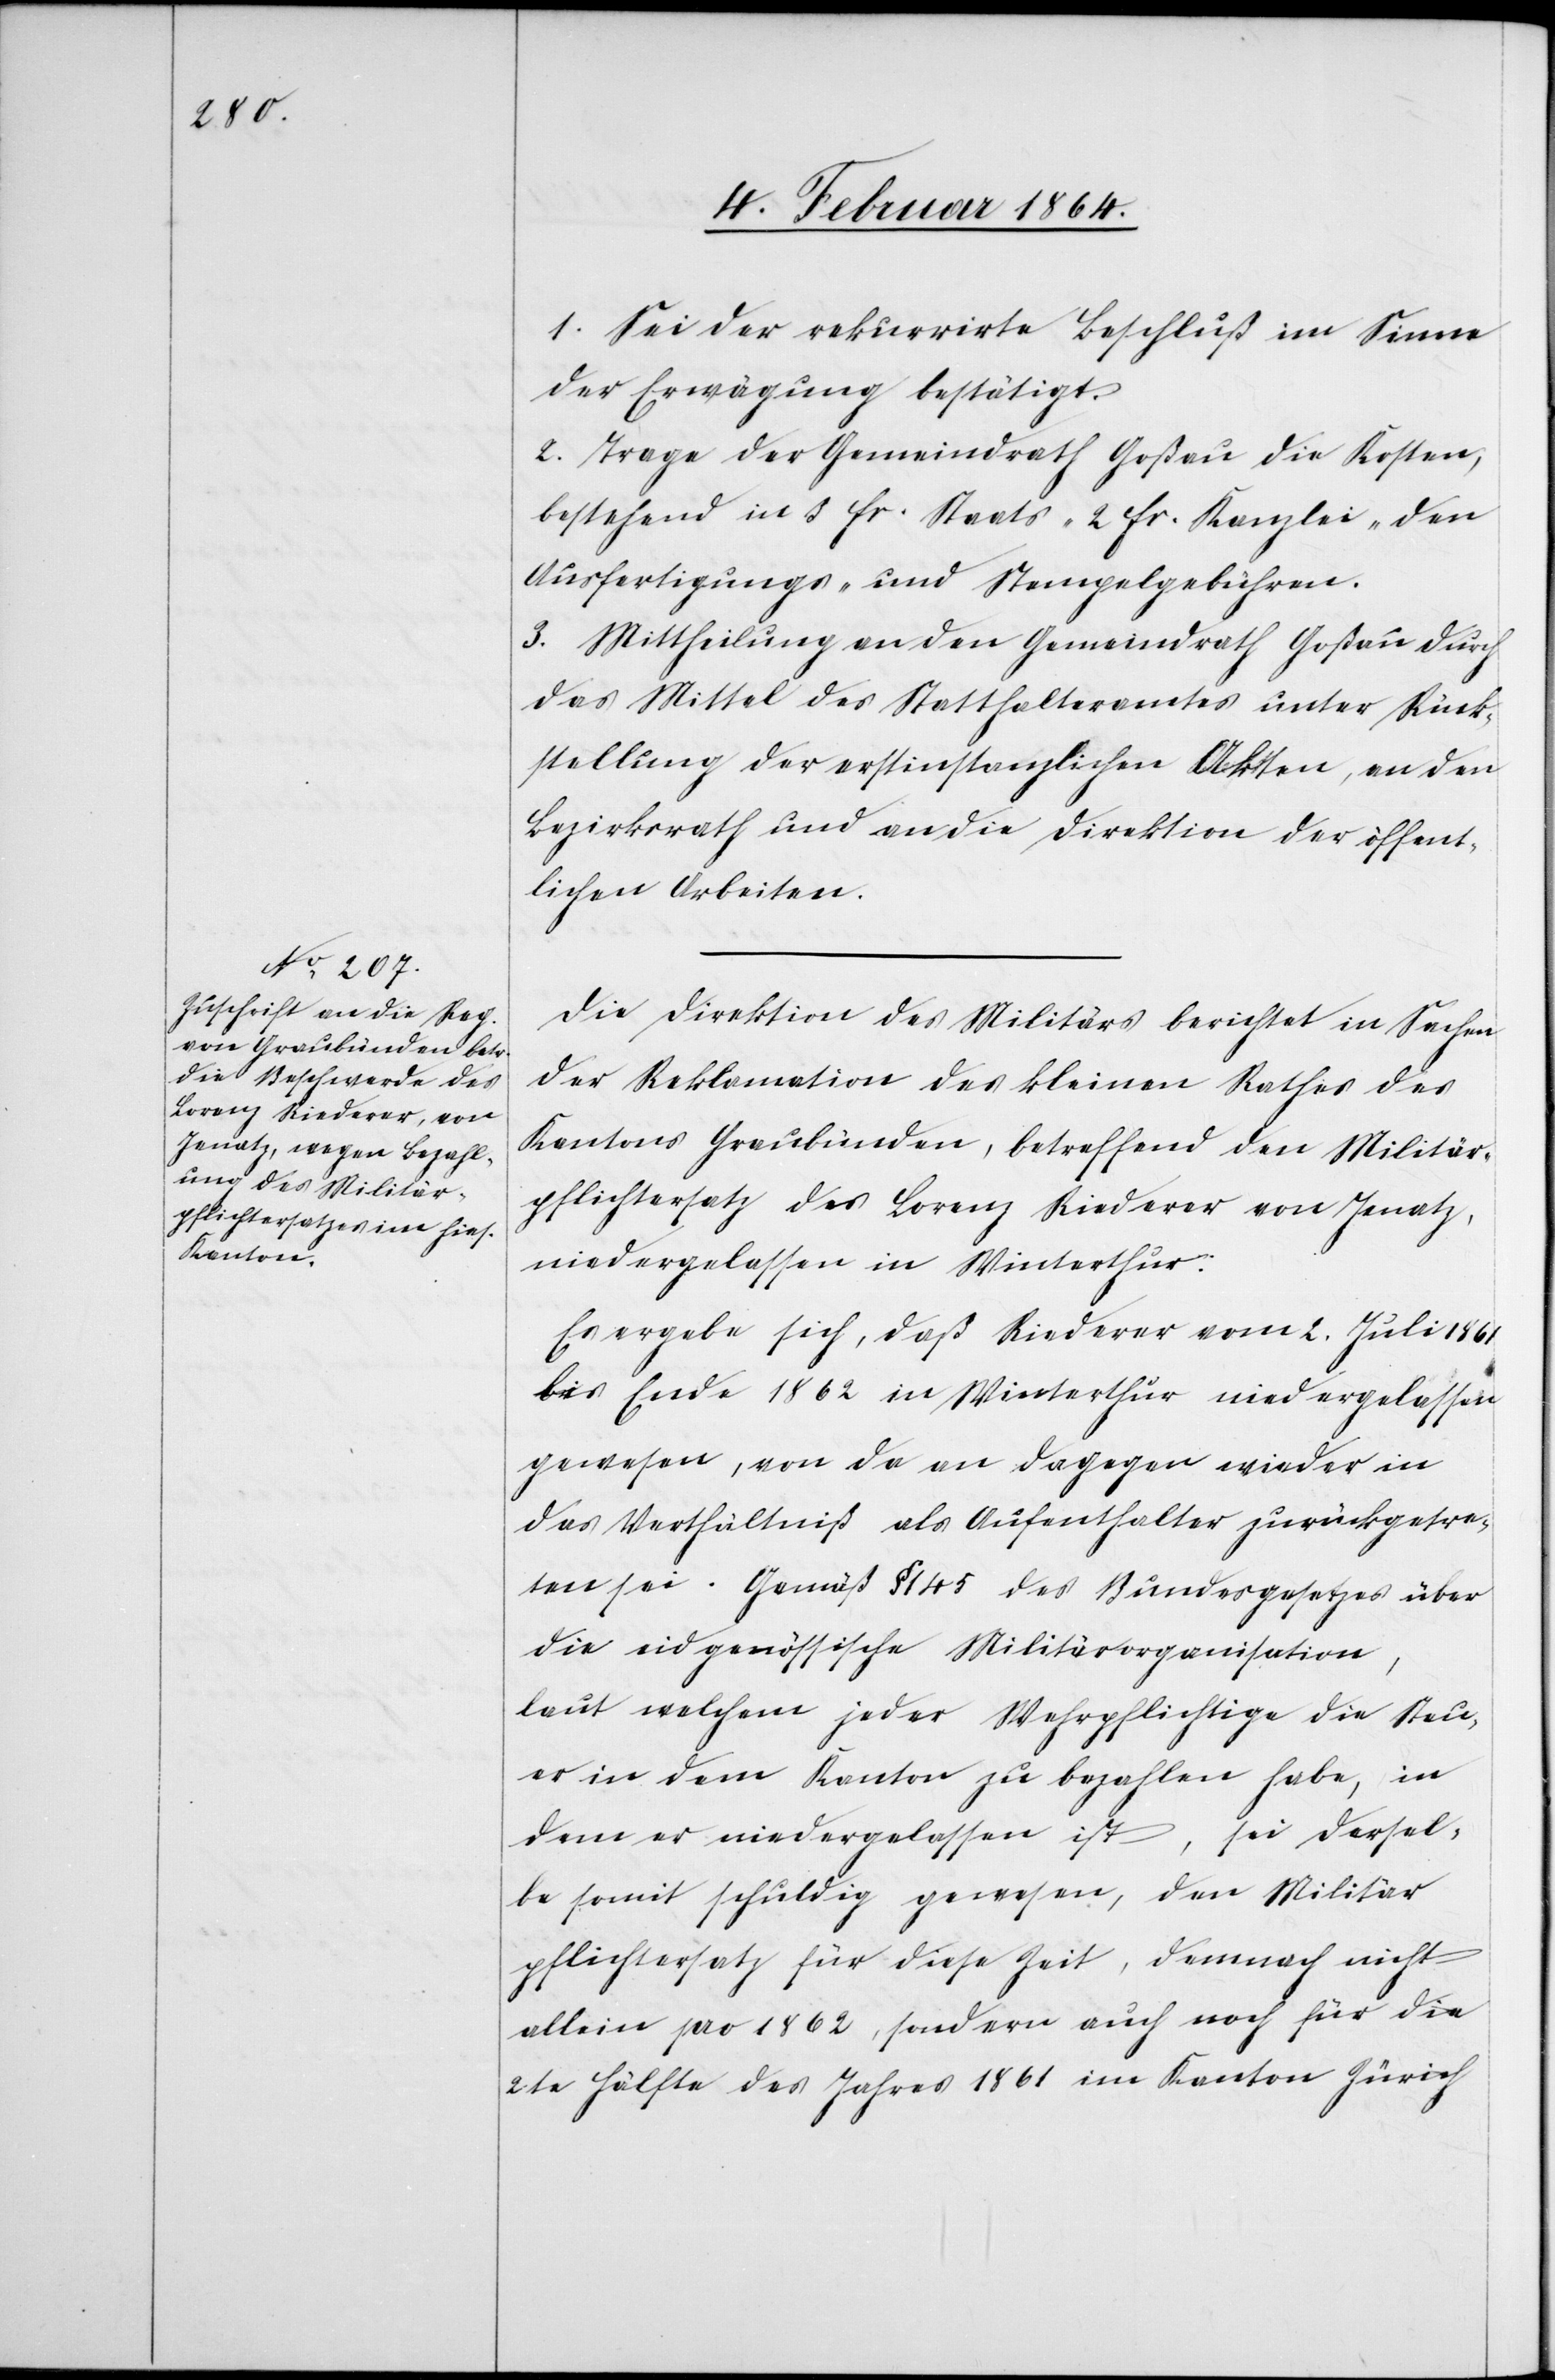
1. Sei der rekurrirte Beschluß im Sinne
der Erwägung bestätigt.
2. Trage der Gemeindrath Goßau die Kosten,
bestehend in 3 fr. Staats-[,] 2 fr. Kanzlei den
Ausfertigungs[-] und Stempelgebühren.
3. Mittheilung an den Gemeindrath Goßau durch
das Mittel des Statthalteramtes unter Rück¬
stellung der erstinstanzlichen Akten, an den
Bezirksrath und an die Direktion der öffent¬
lichen Arbeiten.
Die Direktion des Militärs berichtet in Sachen
der Reklamation des kleinen Rathes des
Kantons Graubünden, betreffend den Militär¬
pflichtersatz des Lorenz Riederer von Jenatz,
niedergelassen in Winterthur.
Es ergebe sich, daß Riederer vom 2. Juli 1861
bis Ende 1862 in Winterthur niedergelassen
gewesen, von da an dagegen wieder in
das Verhältniß als Aufenthalter zurückgetre¬
ten sei. Gemäß § 145 des Bundesgesetzes über
die eidgenössische Militärorganisation,
laut welchem jeder Wehrpflichtige die Steu¬
er in dem Kanton zu bezahlen habe, in
dem er niedergelassen ist, sei dersel¬
be somit schuldig gewesen, den Militär¬
pflichtersatz für diese Zeit, demnach nicht
allein pro 1862, sondern auch noch für die
2te Hälfte des Jahres 1861 im Kanton Zürich